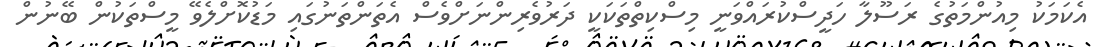
އެކަމަކު މިއުންމަތުގެ ރަސޫލާ ހަދީސްކުރައްވަނީ މިސްކިތްތަކަކީ ދަރުވެރިންނަށްވެސް އެތަންތަނުގައި މަޑުކޮށްލެވޭ މީސްތަކުން ބޭނުން